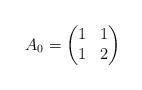
LaTeX: \begin{align*}A_0=\left (\begin{matrix}1&1\\1&2 \end{matrix}\right )\end{align*}